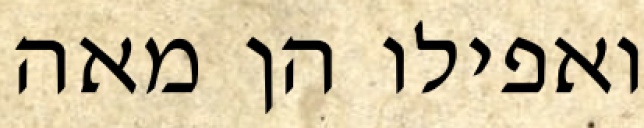
ואפילו הן מאה